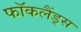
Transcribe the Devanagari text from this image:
फॉकलैंड्स